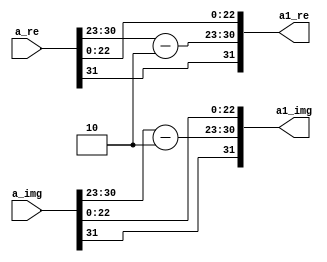
`timescale 1ns / 1ps
//////////////////////////////////////////////////////////////////////////////////
// Company: 
// Engineer: 
// 
// Design Name: 
// Module Name:    fourth 
// Project Name: 
// Target Devices: 
// Tool versions: 
// Description: 
//
// Dependencies: 
//
// Revision: 
// Revision 0.01 - File Created
// Additional Comments: 
//
//////////////////////////////////////////////////////////////////////////////////
module fourth(
    input [31:0] a_re,
    input [31:0] a_img,
    output [31:0] a1_re,
    output [31:0] a1_img
    );

assign a1_re[31]=a_re[31],a1_img[31]=a_img[31];
assign a1_re[30:23]=a_re[30:23]-8'b00000010,a1_img[30:23]=a_img[30:23]-8'b00000010;
assign a1_re[22:0]=a_re[22:0],a1_img[22:0]=a_img[22:0];
endmodule